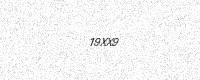
Text: 19XX9